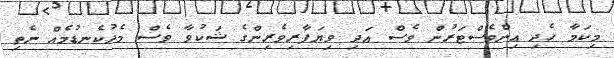
މިކަމާ ހެދި އިންވެސްޓަރުން ވެސް އަދި ވިޔަފާރިވެރިންގެ ޝަކުވާ ވެސް މެދުކެނޑުމެއް ނެތި